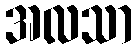
အလသာ